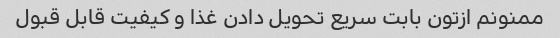
ممنونم ازتون بابت سریع تحویل دادن غذا و کیفیت قابل قبول